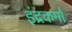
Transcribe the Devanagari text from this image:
इंद्रकर्मा